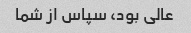
عالی بود، سپاس از شما